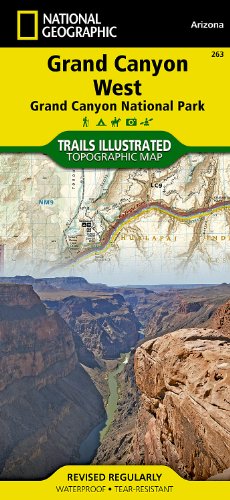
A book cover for Grand Canyon West [Grand Canyon National Park] (National Geographic Trails Illustrated Map); National Geographic Maps - Trails Illustrated; Travel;